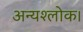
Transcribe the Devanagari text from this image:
अन्यश्लोक।